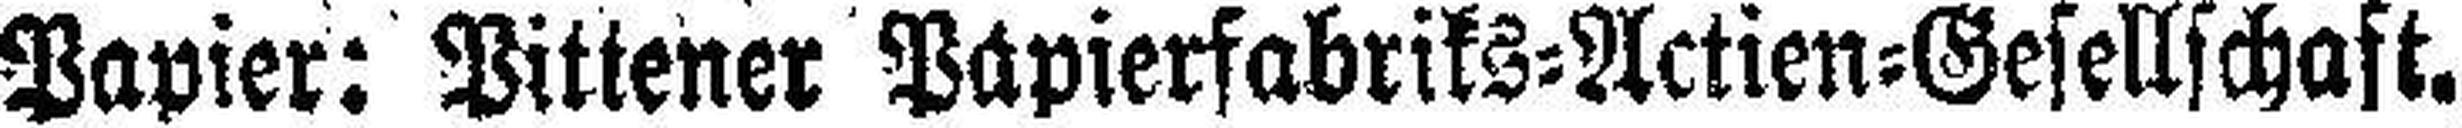
Papier: Pittener Papierfabriks=Actien=Gesellschaft.